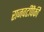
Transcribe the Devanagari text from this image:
राजवटींपैकी